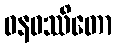
ဝနဝဿိတော